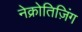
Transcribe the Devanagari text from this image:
नेक्रोतिज़िंग